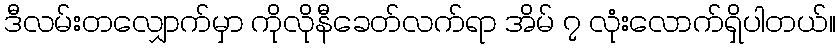
ဒီလမ်းတလျှောက်မှာ ကိုလိုနီခေတ်လက်ရာ အိမ် ၇ လုံးလောက်ရှိပါတယ်။